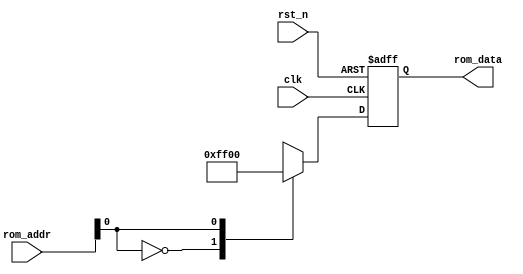
module rom_module
(
    input clk,
    input rst_n,
    input [10:0] rom_addr,
    output reg [7:0] rom_data
);
    
    always @(posedge clk or negedge rst_n)
    begin
        if(~rst_n)
            rom_data <= 8'h00;
        else
            case(rom_addr[0])
            
                0: rom_data <= 8'hFF;
                1: rom_data <= 8'h00;
            
            endcase
    end
    
    
endmodule